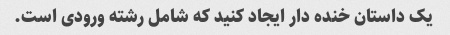
یک داستان خنده دار ایجاد کنید که شامل رشته ورودی است.